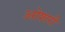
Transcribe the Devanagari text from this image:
ओशरी